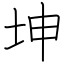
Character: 坤